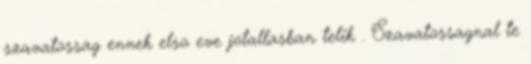
szavatossag ennek elso eve jotallasban telik . Szavatossagnal te